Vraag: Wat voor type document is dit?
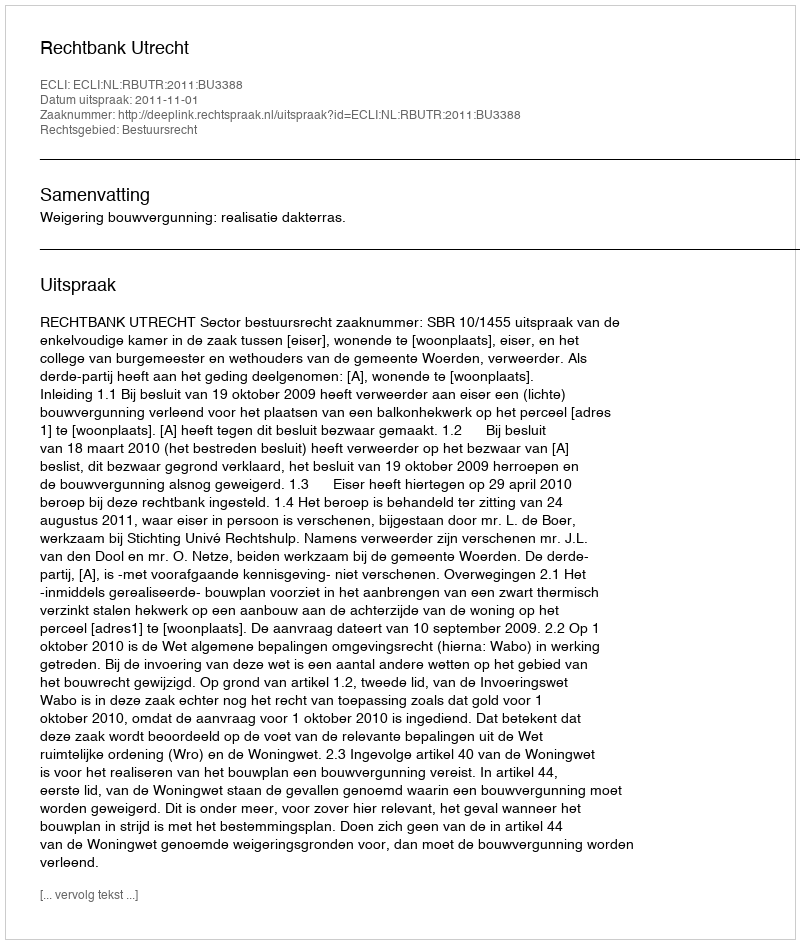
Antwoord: Uitspraak